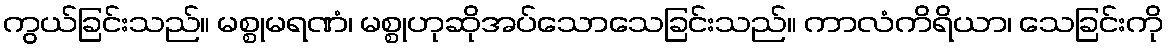
ကွယ်ခြင်းသည်။ မစ္စုမရဏံ၊ မစ္စုဟုဆိုအပ်သောသေခြင်းသည်။ ကာလံကိရိယာ၊ သေခြင်းကို